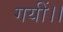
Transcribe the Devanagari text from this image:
गयीं।।